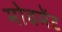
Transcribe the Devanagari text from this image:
मोवमेंट